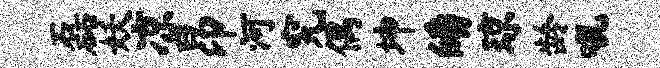
磊妖凉昂河究偶坤皤琼龄吼